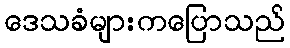
ဒေသခံများကပြောသည်